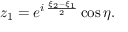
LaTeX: z _ { 1 } = e ^ { i \, { \frac { \xi _ { 2 } - \xi _ { 1 } } { 2 } } } \cos \eta .